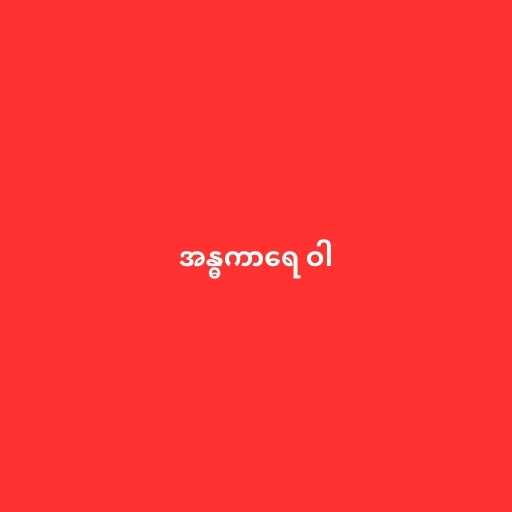
အန္ဓကာရေ ဝါ